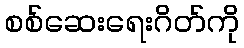
စစ်ဆေးရေးဂိတ်ကို